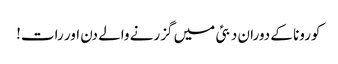
کورونا کے دوران دبئی میں گزرنے والے دن اور رات!